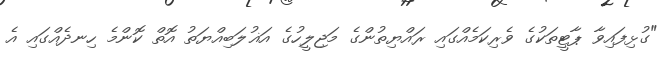
"ގުޅިފައިވާ ޕާޓީތަކުގެ ވެރިކަމެއްގައި ރައްޔިތުންގެ މަޖިލީހުގެ އަޣުލަބިއްޔަތު އޮތް ކޮންމެ ހިނދެއްގައި އެ